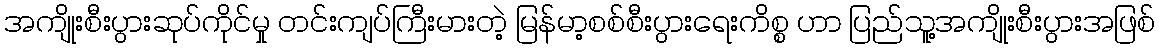
အကျိုးစီးပွားဆုပ်ကိုင်မှု တင်းကျပ်ကြီးမားတဲ့ မြန်မာ့စစ်စီးပွားရေးကိစ္စ ဟာ ပြည်သူ့အကျိုးစီးပွားအဖြစ်